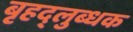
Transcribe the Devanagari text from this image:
बृहद्‌लुब्धक